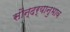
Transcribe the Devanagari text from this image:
सौन्दर्यानुभाव